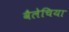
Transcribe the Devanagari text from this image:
वैलेचिया